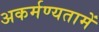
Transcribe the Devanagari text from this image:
अकर्मण्यतामें